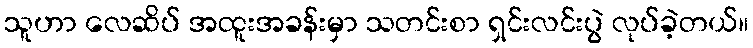
သူဟာ လေဆိပ် အထူးအခန်းမှာ သတင်းစာ ရှင်းလင်းပွဲ လုပ်ခဲ့တယ်။